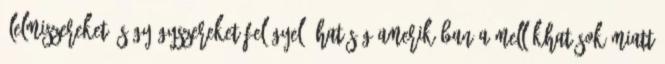
élelmiszereket és gyógyszereket felügyelő hatóság Amerikában a mellékhatások miatt